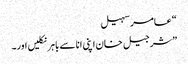
“ عامر سہیل
”شرجیل خان اپنی انا سے باہر نکلیں اور۔